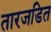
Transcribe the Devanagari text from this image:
तारजडित